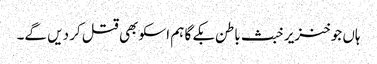
ہاں جو خنزیر خبث باطن بکے گا ہم اسکو بھی قتل کر دیں گے۔